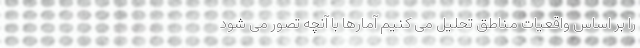
را بر اساس واقعیات مناطق تحلیل می کنیم آمارها با آنچه تصور می شود